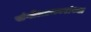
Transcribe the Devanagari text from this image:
संगीतप्रकारांच्या